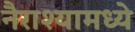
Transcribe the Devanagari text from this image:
नैराश्यामध्ये